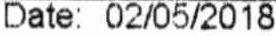
DATE: 02/05/2018